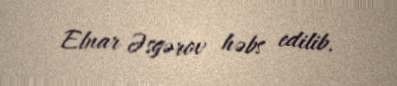
Elnar Əsgərov həbs edilib.